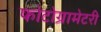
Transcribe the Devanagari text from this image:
फोटोग्रामेटरी